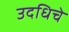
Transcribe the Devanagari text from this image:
उदधिचे